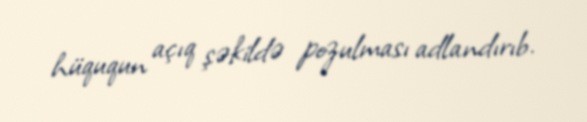
hüququn açıq şəkildə pozulması adlandırıb.